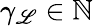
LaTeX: \gamma_{\mathscr{L}}\in\mathbb{{N}}